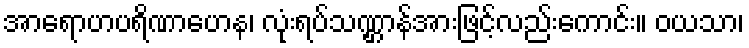
အာရောဟပရိဏာဟေန၊ လုံးရပ်သဏ္ဌာန်အားဖြင့်လည်းကောင်း။ ဝယသာ၊